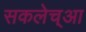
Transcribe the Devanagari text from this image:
सकलेच्आ